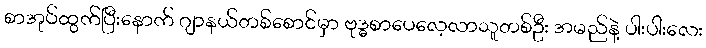
စာအုပ်ထွက်ပြီးနောက် ဂျာနယ်တစ်စောင်မှာ ဗုဒ္ဓစာပေလေ့လာသူတစ်ဦး အမည်နဲ့ ပါးပါးလေး